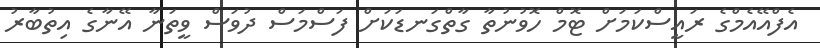
އެފްއޭއެމްގެ ރައީސްކަމަށް ޓޮމް ހޮވުނުތާ ގާތްގަނޑަކަށް ފަސްމަސް ދުވަސް ވީތަނާ އޭނާގެ އިތުބާރު